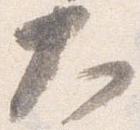
大